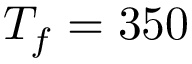
T _ { f } = 3 5 0